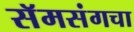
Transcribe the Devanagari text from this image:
सॅमसंगचा